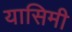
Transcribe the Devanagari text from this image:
यासिमी